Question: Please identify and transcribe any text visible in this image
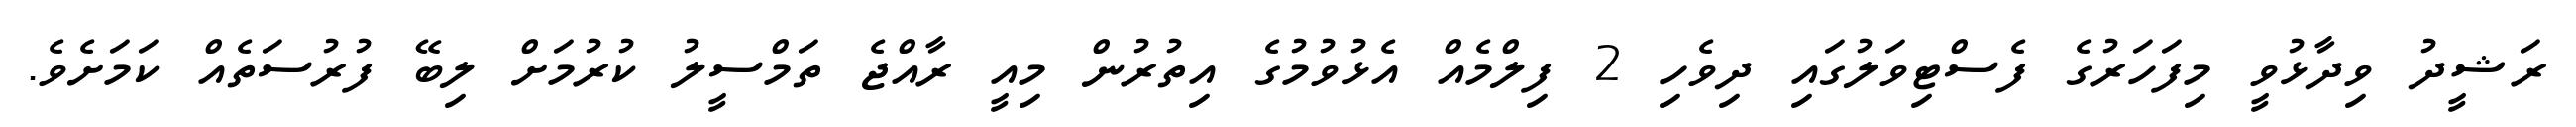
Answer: ރަޝީދު ވިދާޅުވީ މިފަހަރުގެ ފެސްޓިވަލުގައި ދިވެހި 2 ފިލްމެއް އެޅުވުމުގެ އިތުރުން މިއީ ރާއްޖެ ތަމްސީލު ކުރުމަށް ލިބޭ ފުރުސަތެއް ކަމަށެވެ.